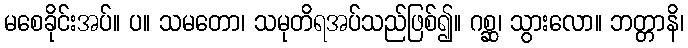
မစေခိုင်းအပ်။ ပ။ သမတော၊ သမုတိရအပ်သည်ဖြစ်၍။ ဂစ္ဆ၊ သွားလော။ ဘတ္တာနိ၊